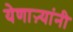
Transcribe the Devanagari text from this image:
येणाऱ्यांनी